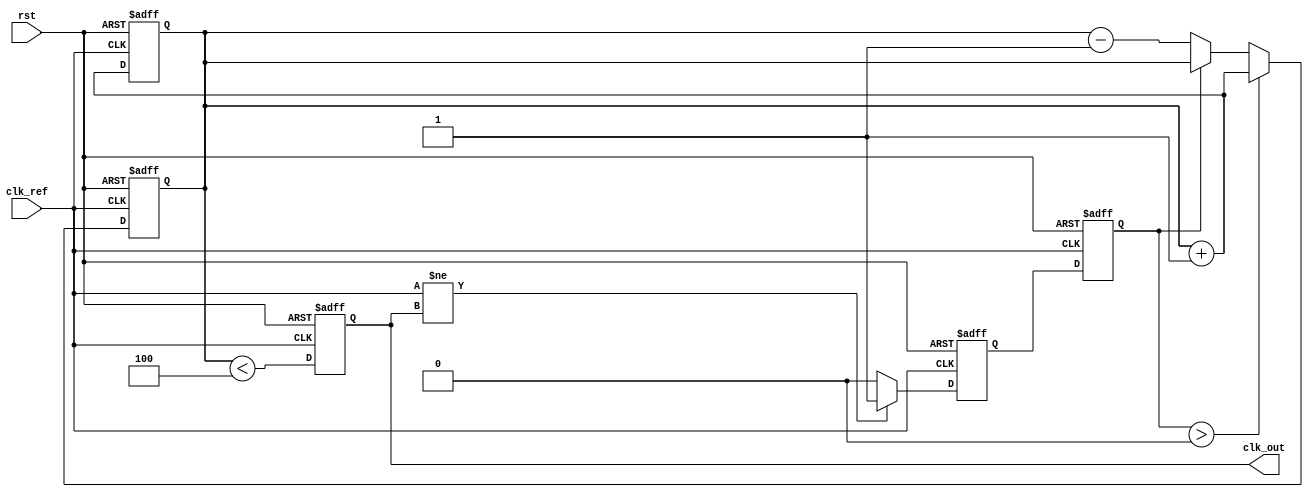
module MemoryBlocksLinearPLL (
    input wire clk_ref,         // Reference clock input
    input wire rst,            // Reset signal
    output reg clk_out         // PLL output clock
);

// Parameters
parameter LOOP_FILTER_SIZE = 4; // Size of memory for loop filter

// Phase Detector outputs
reg phase_error;  // Output of the Phase Detector
wire vco_out;     // Output signal from VCO
reg [LOOP_FILTER_SIZE-1:0] loop_filter; // Memory elements for loop filter

// Voltage-Controlled Oscillator (VCO)
reg [3:0] vco_count; // Simple counter for VCO frequency generation

// Initialize the VCO
always @(posedge clk_ref or posedge rst) begin
    if (rst) begin
        vco_count <= 0;
        clk_out <= 0;
    end else begin
        clk_out <= (vco_count < (1 << 2)); // Output frequency control
        vco_count <= vco_count + 1;
    end
end

// Phase Detector Implementation
always @(posedge clk_ref or posedge rst) begin
    if (rst) begin
        phase_error <= 0; // Reset phase error
    end else begin
        // Compare reference clock with feedback clock
        // (Assuming feedback clock is derived from VCO output)
        // Logic for phase comparison would go here (simplified)
        phase_error <= (clk_ref != clk_out) ? 1 : 0; // Simple phase error logic
    end
end

// Loop Filter Implementation (Simple Moving Average Filter)
always @(posedge clk_ref or posedge rst) begin
    if (rst) begin
        loop_filter <= 0; // Reset loop filter memory
    end else begin
        // Shift previous states and apply filter logic
        loop_filter <= {loop_filter[LOOP_FILTER_SIZE-2:0], phase_error}; // Shift in new phase error
        // You could apply some weight or averaging logic here
    end
end

// Control VCO Frequency based on filtered output
always @(posedge clk_ref or posedge rst) begin
    if (rst) begin
        vco_count <= 0; // reset the frequency counter
    end else begin
        // Simple gain applied to the average error signal
        // This would control the VCO frequency
        if (loop_filter[0] > 0) begin
            vco_count <= vco_count + 1; // Increase frequency if leading
        end else if (loop_filter[0] == 0) begin
            vco_count <= vco_count - 1; // Decrease frequency if lagging
        end
    end
end

endmodule